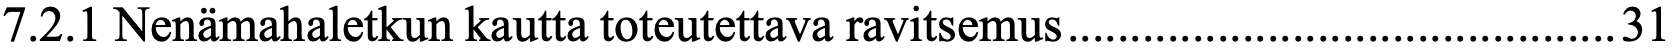
7.2.1 Nenämahaletkun kautta toteutettava ravitsemus ............................................ 31